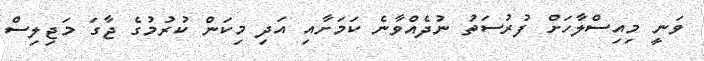
ވަނީ މިއިސްލާހަށް ފުރުސަތު ނުދެއްވާނެ ކަމަށާއި އަދި މިކަން ކުރުމުގެ ޖާގަ މަޖިލިސް